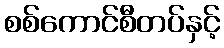
စစ်ကောင်စီတပ်နှင့်